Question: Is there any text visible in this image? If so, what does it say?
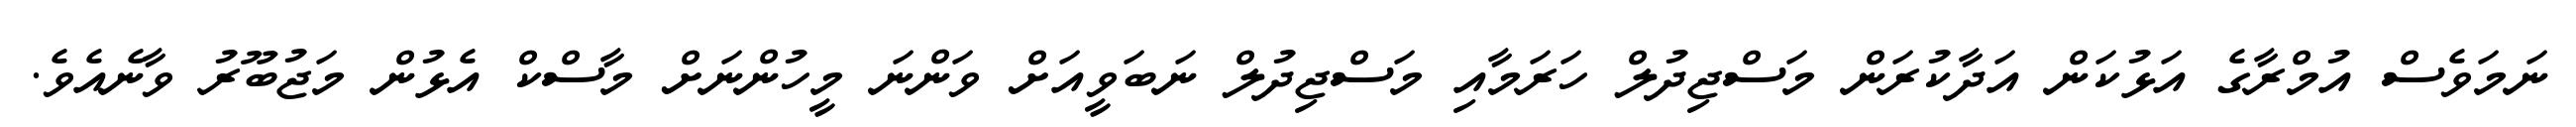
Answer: ނަމަވެސް އުމްރާގެ އަޅުކަން އަދާކުރަން މަސްޖިދުލް ހަރަމާއި މަސްޖިދުލް ނަބަވީއަށް ވަންނަ މީހުންނަށް މާސްކް އެޅުން މަޖުބޫރު ވާނެއެވެ.